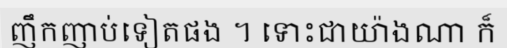
ញឹកញាប់ទៀតផង ។ ទោះជាយ៉ាងណា ក៏